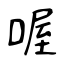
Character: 喔